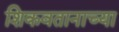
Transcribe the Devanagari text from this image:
शिकवतानाच्या